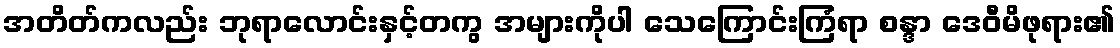
အတိတ်ကလည်း ဘုရာလောင်းနှင့်တကွ အများကိုပါ သေကြောင်းကြံရာ စန္ဒာ ဒေဝီမိဖုရား၏